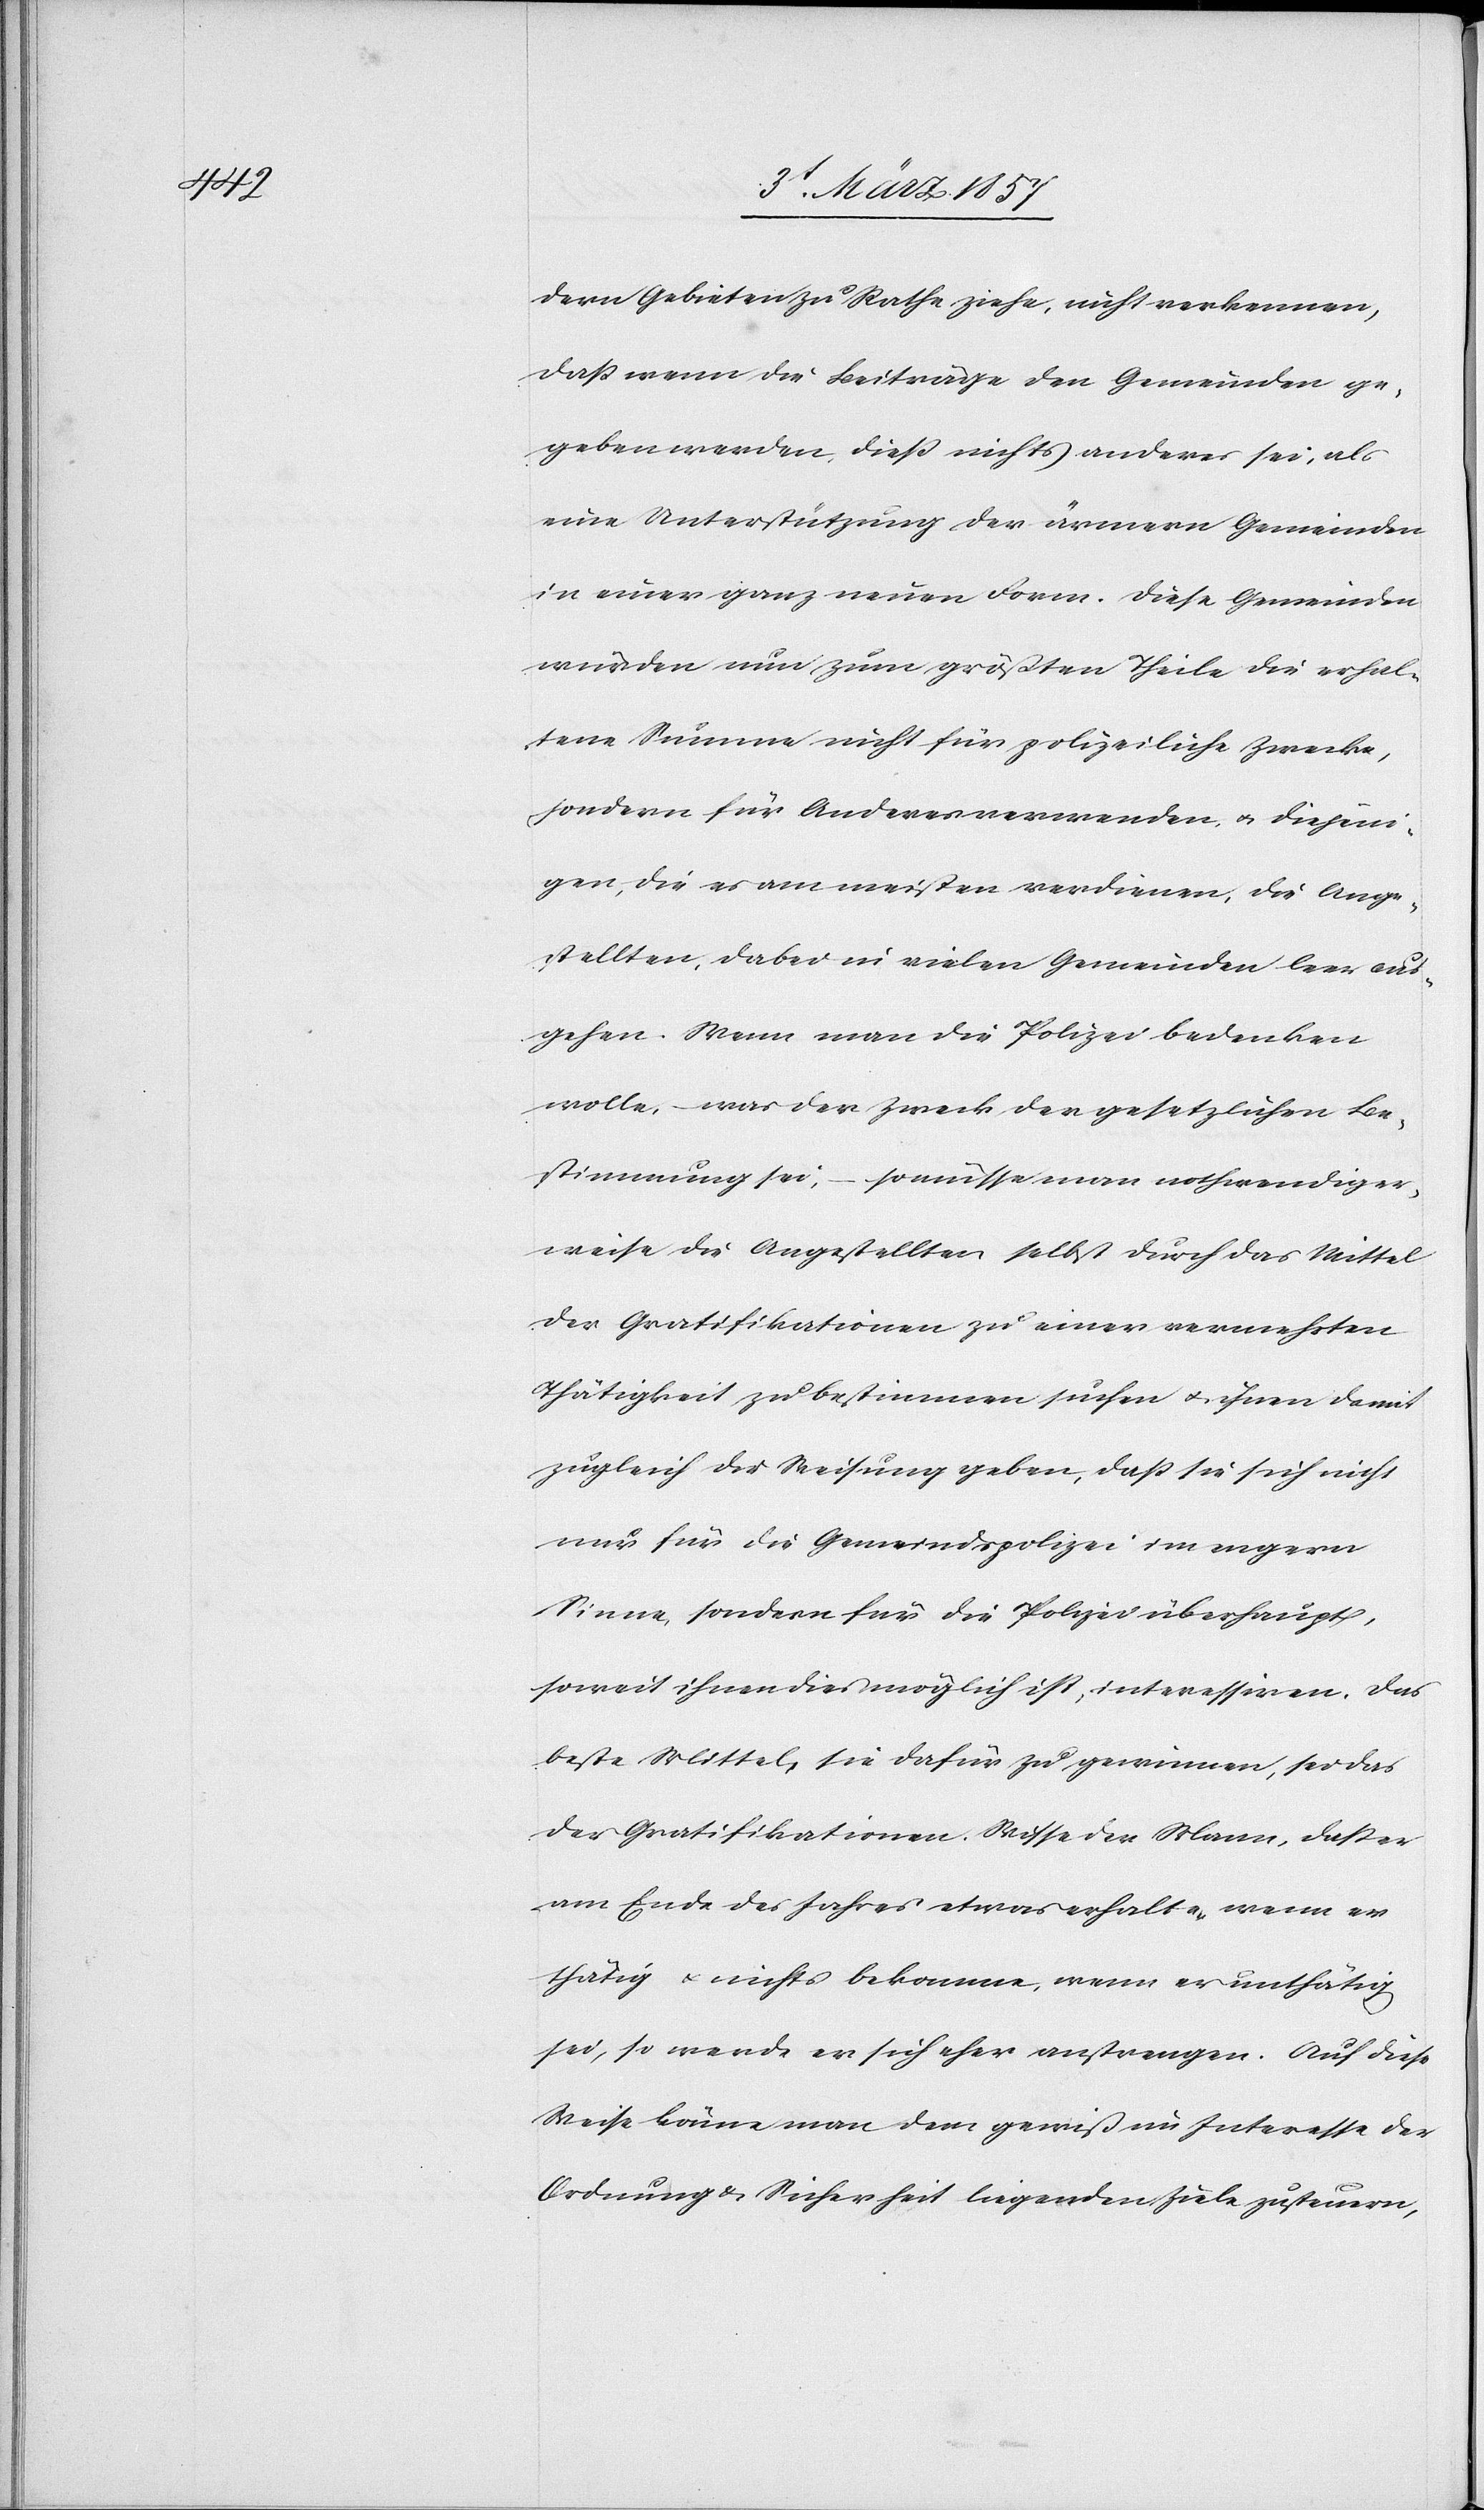
dern Gebieten zu Rathe ziehe, nicht verkennen,
daß wenn die Beiträge den Gemeinden ge¬
geben werden, dieß nichts anderes sei, als
eine Unterstützung der ärmern Gemeinden
in einer ganz neuen Form. Diese Gemeinden
würden nun zum größten Theile die erhal¬
tene Summe nicht für polizeiliche Zwecke,
sondern für Anderes verwenden, u. die diejeni¬
gen, die es am meisten verdienen, die Ange¬
stellten, dabei in vielen Gemeinden leer aus¬
gehen. Wenn man die Polizei bedenken
wolle, was der Zweck der gesetzlichen Be¬
stimmung sei, ( so müsse man nothwendiger¬
weise die Angestellten selbst durch das Mittel
der Gratifikationen zu einer vermehrten
Thätigkeit zu bestimmen suchen u. ihnen damit
zugleich die Weisung geben, daß sie sich nicht
nur für die Gemeindspolizei im engern
Sinne, sondern für die Polizei überhaupt,
soweit ihnen dies möglich ist, interessiren. Das
beste Mittel, sie dafür zu gewinnen, sei das
der Gratifikationen. Wisse der Mann, deß er
am Ende des Jahres etwas erhalte, wenn er
thätig u. nichts bekomme, wenn er unthätig
sei, so werde er sich eher anstrengen. Auf diese
Weise könne man dem gewiß im Interesse der
Ordnung u. Sicherheit liegenden Ziele zusteuern,